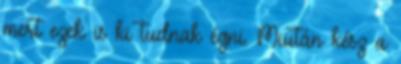
mert ezek is ki tudnak égni. Miután kész a